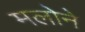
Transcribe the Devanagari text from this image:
मलोने